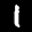
Label: 1